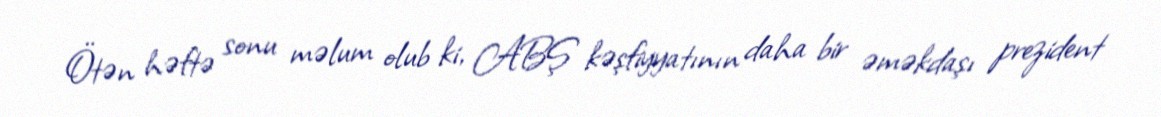
Ötən həftə sonu məlum olub ki, ABŞ kəşfiyyatının daha bir əməkdaşı prezident